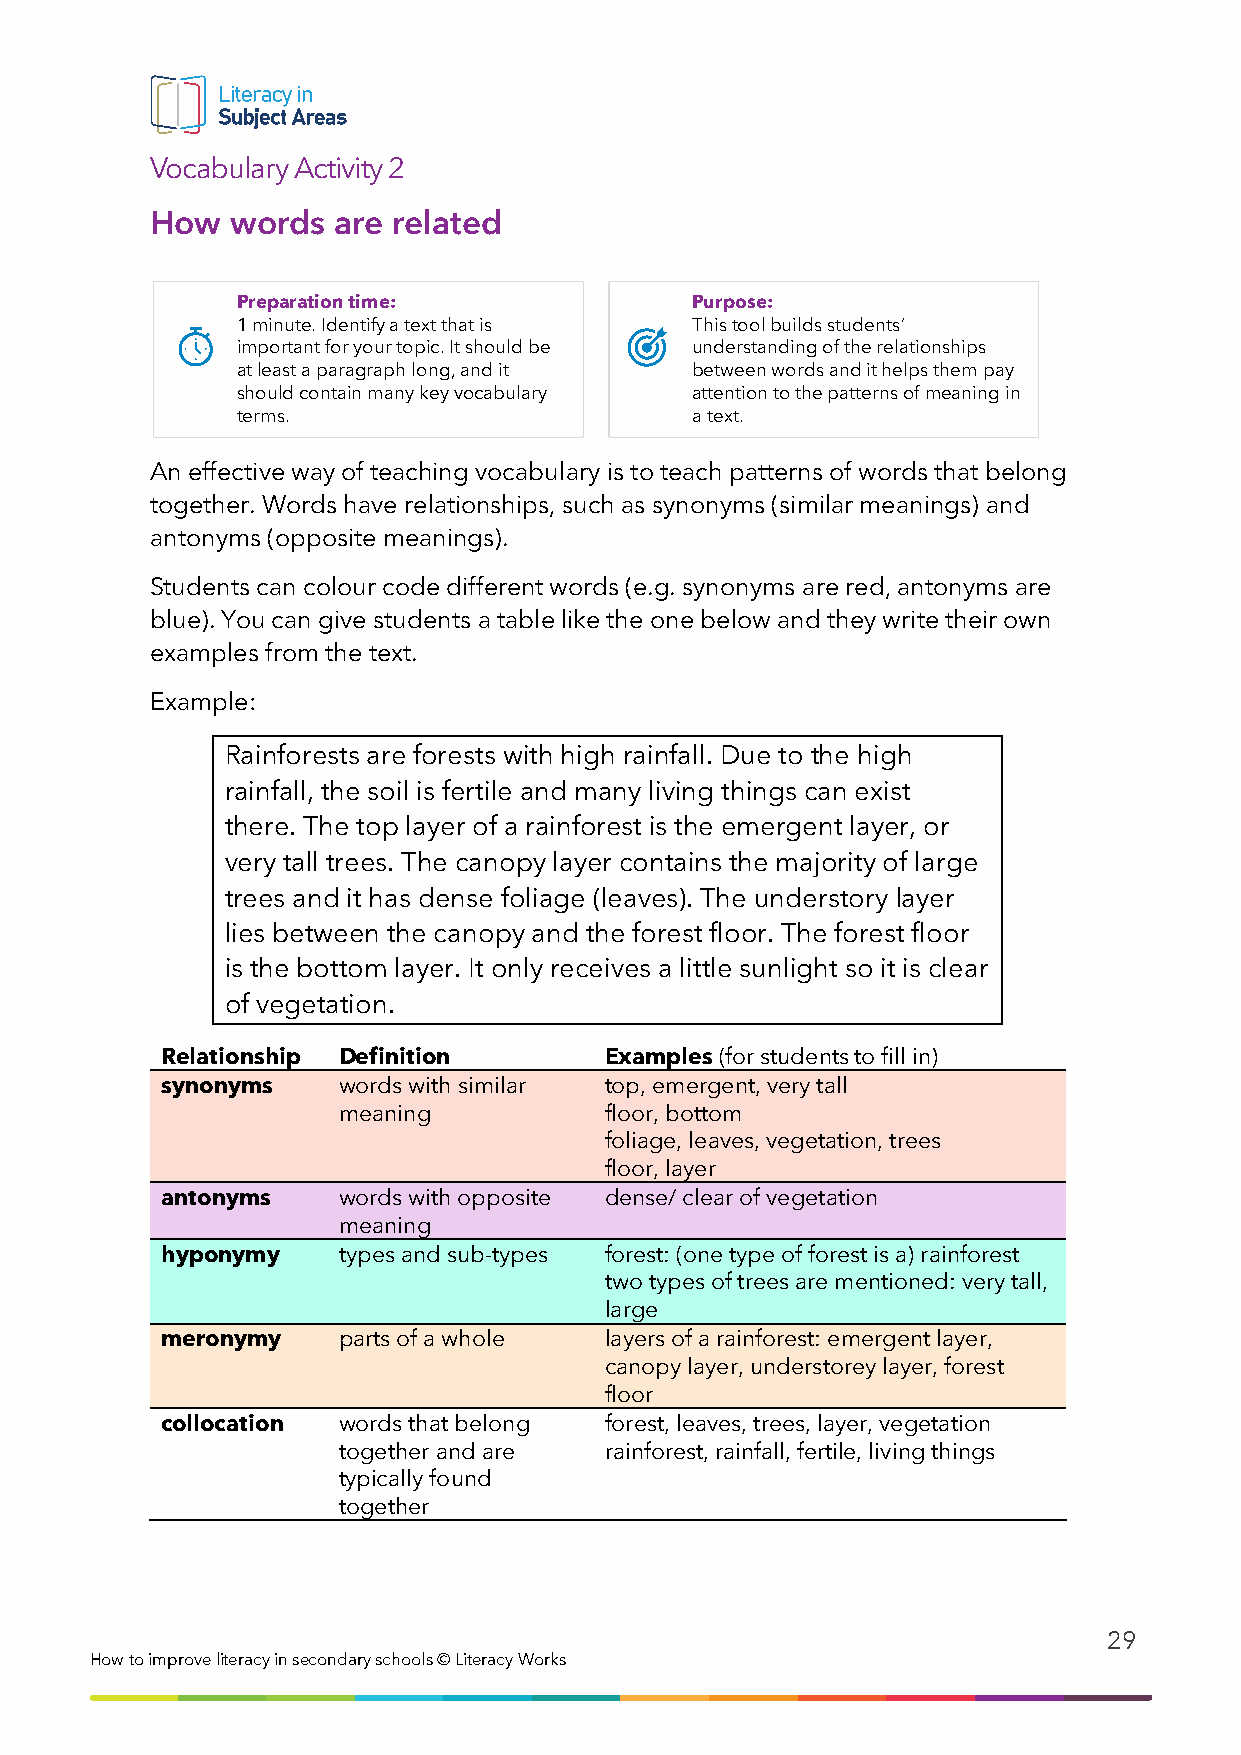
Vocabulary Activity 2
 How  words  are related
 Preparation time:             Purpose:
 1 minute. Identify a text that is This tool builds students’
 important for your topic. It should be understanding of the relationships
 at least a paragraph long, and it between words and it helps them pay
 should contain many key vocabulary attention to the patterns of meaning in
 terms.                        a text.
 An effective way of teaching vocabulary is to teach patterns of words that belong
 together. Words have relationships, such as synonyms (similar meanings) and
 antonyms (opposite meanings).
 Students can colour code different words (e.g. synonyms are red, antonyms are
 blue). You can give students a table like the one below and they write their own
 examples from the text.
 Example:
 Rainforests are forests with high rainfall. Due to the high
 rainfall, the soil is fertile and many living things can exist
 there. The top layer of a rainforest is the emergent layer, or
 very tall trees. The canopy layer contains the majority of large
 trees and it has dense foliage (leaves). The understory layer
 lies between the canopy and the forest floor. The forest floor
 is the bottom layer. It only receives a little sunlight so it is clear
 of vegetation.
 Relationship Definition      Examples (for students to fill in)
 synonyms   words with similar top, emergent, very tall
 meaning           floor, bottom
 foliage, leaves, vegetation, trees
 floor, layer
 antonyms   words with opposite dense/ clear of vegetation
 meaning
 hyponymy   types and sub-types forest: (one type of forest is a) rainforest
 two types of trees are mentioned: very tall,
 large
 meronymy   parts of a whole  layers of a rainforest: emergent layer,
 canopy layer, understorey layer, forest
 floor
 collocation words that belong forest, leaves, trees, layer, vegetation
 together and are  rainforest, rainfall, fertile, living things
 typically found
 together
 29
 How to i mprove literacy in secondary schools © Literacy Works